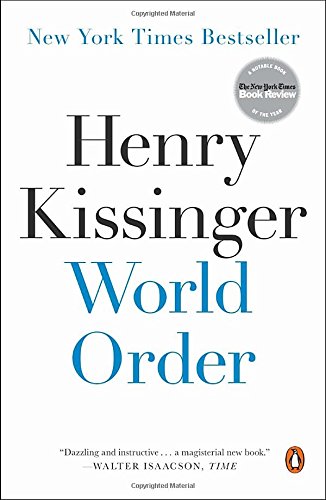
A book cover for World Order; Henry Kissinger; Biographies & Memoirs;